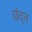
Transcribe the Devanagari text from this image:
छंदत